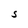
Character: S